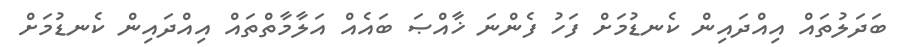
ބަދަލުތައް އިއްދައިން ކެނޑުމަށް ފަހު ފެންނަ ޚާއްޞަ ބައެއް އަލާމާތްތައް އިއްދައިން ކެނޑުމަށް